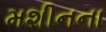
મશીનના